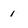
Character: 1